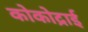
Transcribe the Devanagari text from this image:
कोकोद्राई